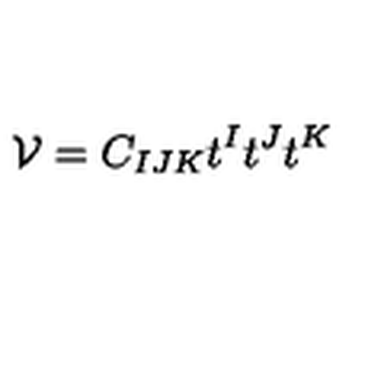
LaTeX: { \cal V } = C _ { I J K } t ^ { I } t ^ { J } t ^ { K } \